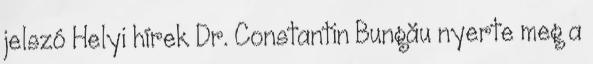
jelszó Helyi hírek Dr. Constantin Bungău nyerte meg a